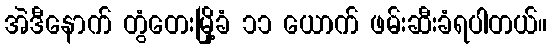
အဲဒီနောက် တွံတေးမြို့ခံ ၁၁ ယောက် ဖမ်းဆီးခံရပါတယ်။